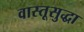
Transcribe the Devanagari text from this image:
वास्तूसुद्धा